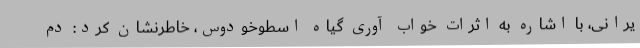
یرانی، با اشاره به اثرات خواب آوری گیاه اسطوخودوس، خاطرنشان کرد: دم